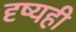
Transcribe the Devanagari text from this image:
दृष्यही